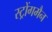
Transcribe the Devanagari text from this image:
स्ट्रोंगमैन